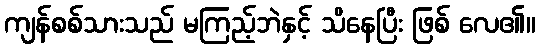
ကျန်စစ်သားသည် မကြည့်ဘဲနှင့် သိနေပြီး ဖြစ် လေ၏။